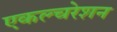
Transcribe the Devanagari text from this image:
एकल्चरेशन